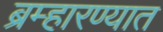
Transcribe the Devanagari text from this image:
ब्रम्हारण्यात